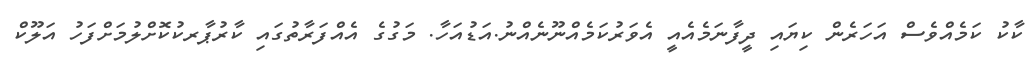
ކާކު ކަމެއްވެސް އަހަރެން ކިޔައި ދީފާނަމެއެއީ އެވަރުކަމެއްނޫނެއްނު.އަޑުއަހާ. މަގުގެ އެއްފަރާތުގައި ކާރުޕާރކުކޮށްލުމަށްފަހު އަލޫކް